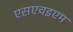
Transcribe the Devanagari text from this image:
एसएचइएम